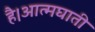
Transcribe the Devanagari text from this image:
है।आत्मघाती